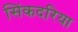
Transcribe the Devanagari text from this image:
सिंकदरिया